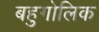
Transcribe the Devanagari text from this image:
बहुगोलिक